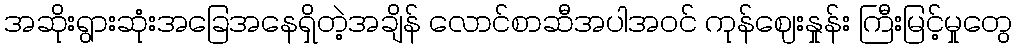
အဆိုးရွားဆုံးအခြေအနေရှိတဲ့အချိန် လောင်စာဆီအပါအဝင် ကုန်ဈေးနှုန်း ကြီးမြင့်မှုတွေ